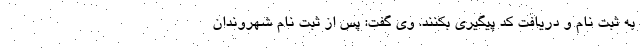
به ثبت نام و دریافت کد پیگیری بکنند. وی گفت: پس از ثبت نام شهروندان